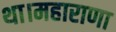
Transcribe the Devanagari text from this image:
था।महाराणा